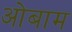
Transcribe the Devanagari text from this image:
ओबाम